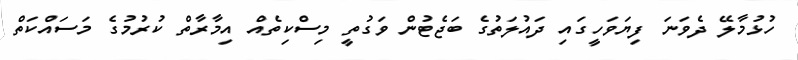
ހުޅުމާލޭ ދެވަނަ ފިޔަވަހީގައި ދައުލަތުގެ ބަޖެޓުން ވަގުތީ މިސްކިތެއް އިމާރާތް ކުރުމުގެ މަސައްކަތް